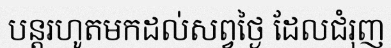
បន្តរហូតមកដល់សព្វថ្ងៃ ដែលជំរុញ